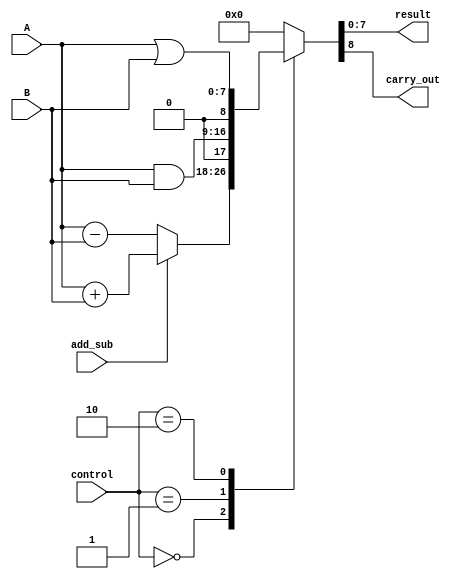
module ALU(
    input [7:0] A,
    input [7:0] B,
    input [2:0] control,
    input add_sub,
    output reg [7:0] result,
    output reg carry_out
);

reg [8:0] temp_result;

always @(*)
begin
    case(control)
        3'b000: begin // Addition
            if(add_sub == 1)
                temp_result = A + B;
            else
                temp_result = A - B;
        end
        3'b001: temp_result = A & B; // Bitwise AND
        3'b010: temp_result = A | B; // Bitwise OR
        default: temp_result = 8'b0; // Default case
    endcase
end

assign result = temp_result[7:0];
assign carry_out = temp_result[8];

endmodule